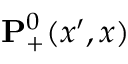
\ensuremath { \mathbf { P } } _ { + } ^ { 0 } ( x ^ { \prime } , x )